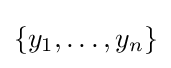
\{y_{1},\dots ,y_{n}\}